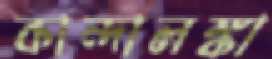
কান্দালঙ্কা